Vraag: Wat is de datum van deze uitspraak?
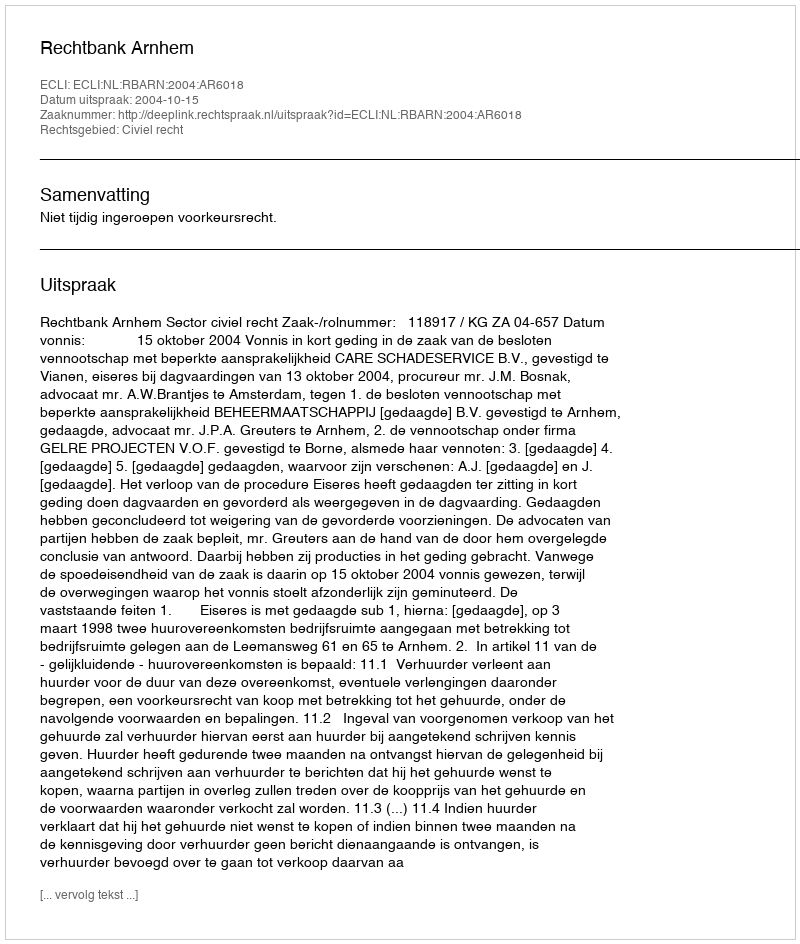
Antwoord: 2004-10-15